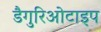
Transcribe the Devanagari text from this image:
डैगुरिओटाइप